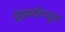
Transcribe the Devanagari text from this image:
सूक्ष्मकैप्सूल